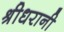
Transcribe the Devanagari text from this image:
श्रीधरानी